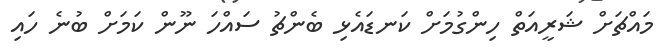
މައްޗަށް ޝަރީއަތް ހިންގުމަށް ކަނޑައެޅި ބެންޗު ސައްހަ ނޫން ކަމަށް ބުނެ ހައި